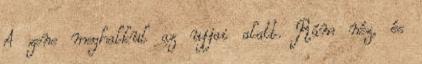
A zene meghalkul az ujjai alatt. Rám néz, és